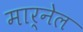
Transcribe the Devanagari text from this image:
मार्नेल